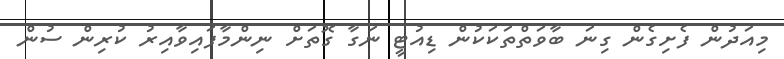
މިއަދުން ފެށިގެން ގިނަ ބާވަތްތަކަކުން ޑިއުޓީ ނަގާ ގޮތަށް ނިންމާފައިވާއިރު ކުރިން ސުން